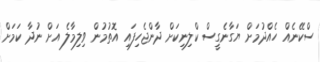
ސްކޭނެއް ހެއްދުމަށް ޔަގާނެގީސް ކްލިނިކަށް ދާންޖެހިފައި އޮތުމުން ވިލިމާލެ އަށް ނުދާ ކަމަށް